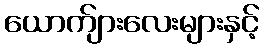
ယောက်ျားလေးများနှင့်